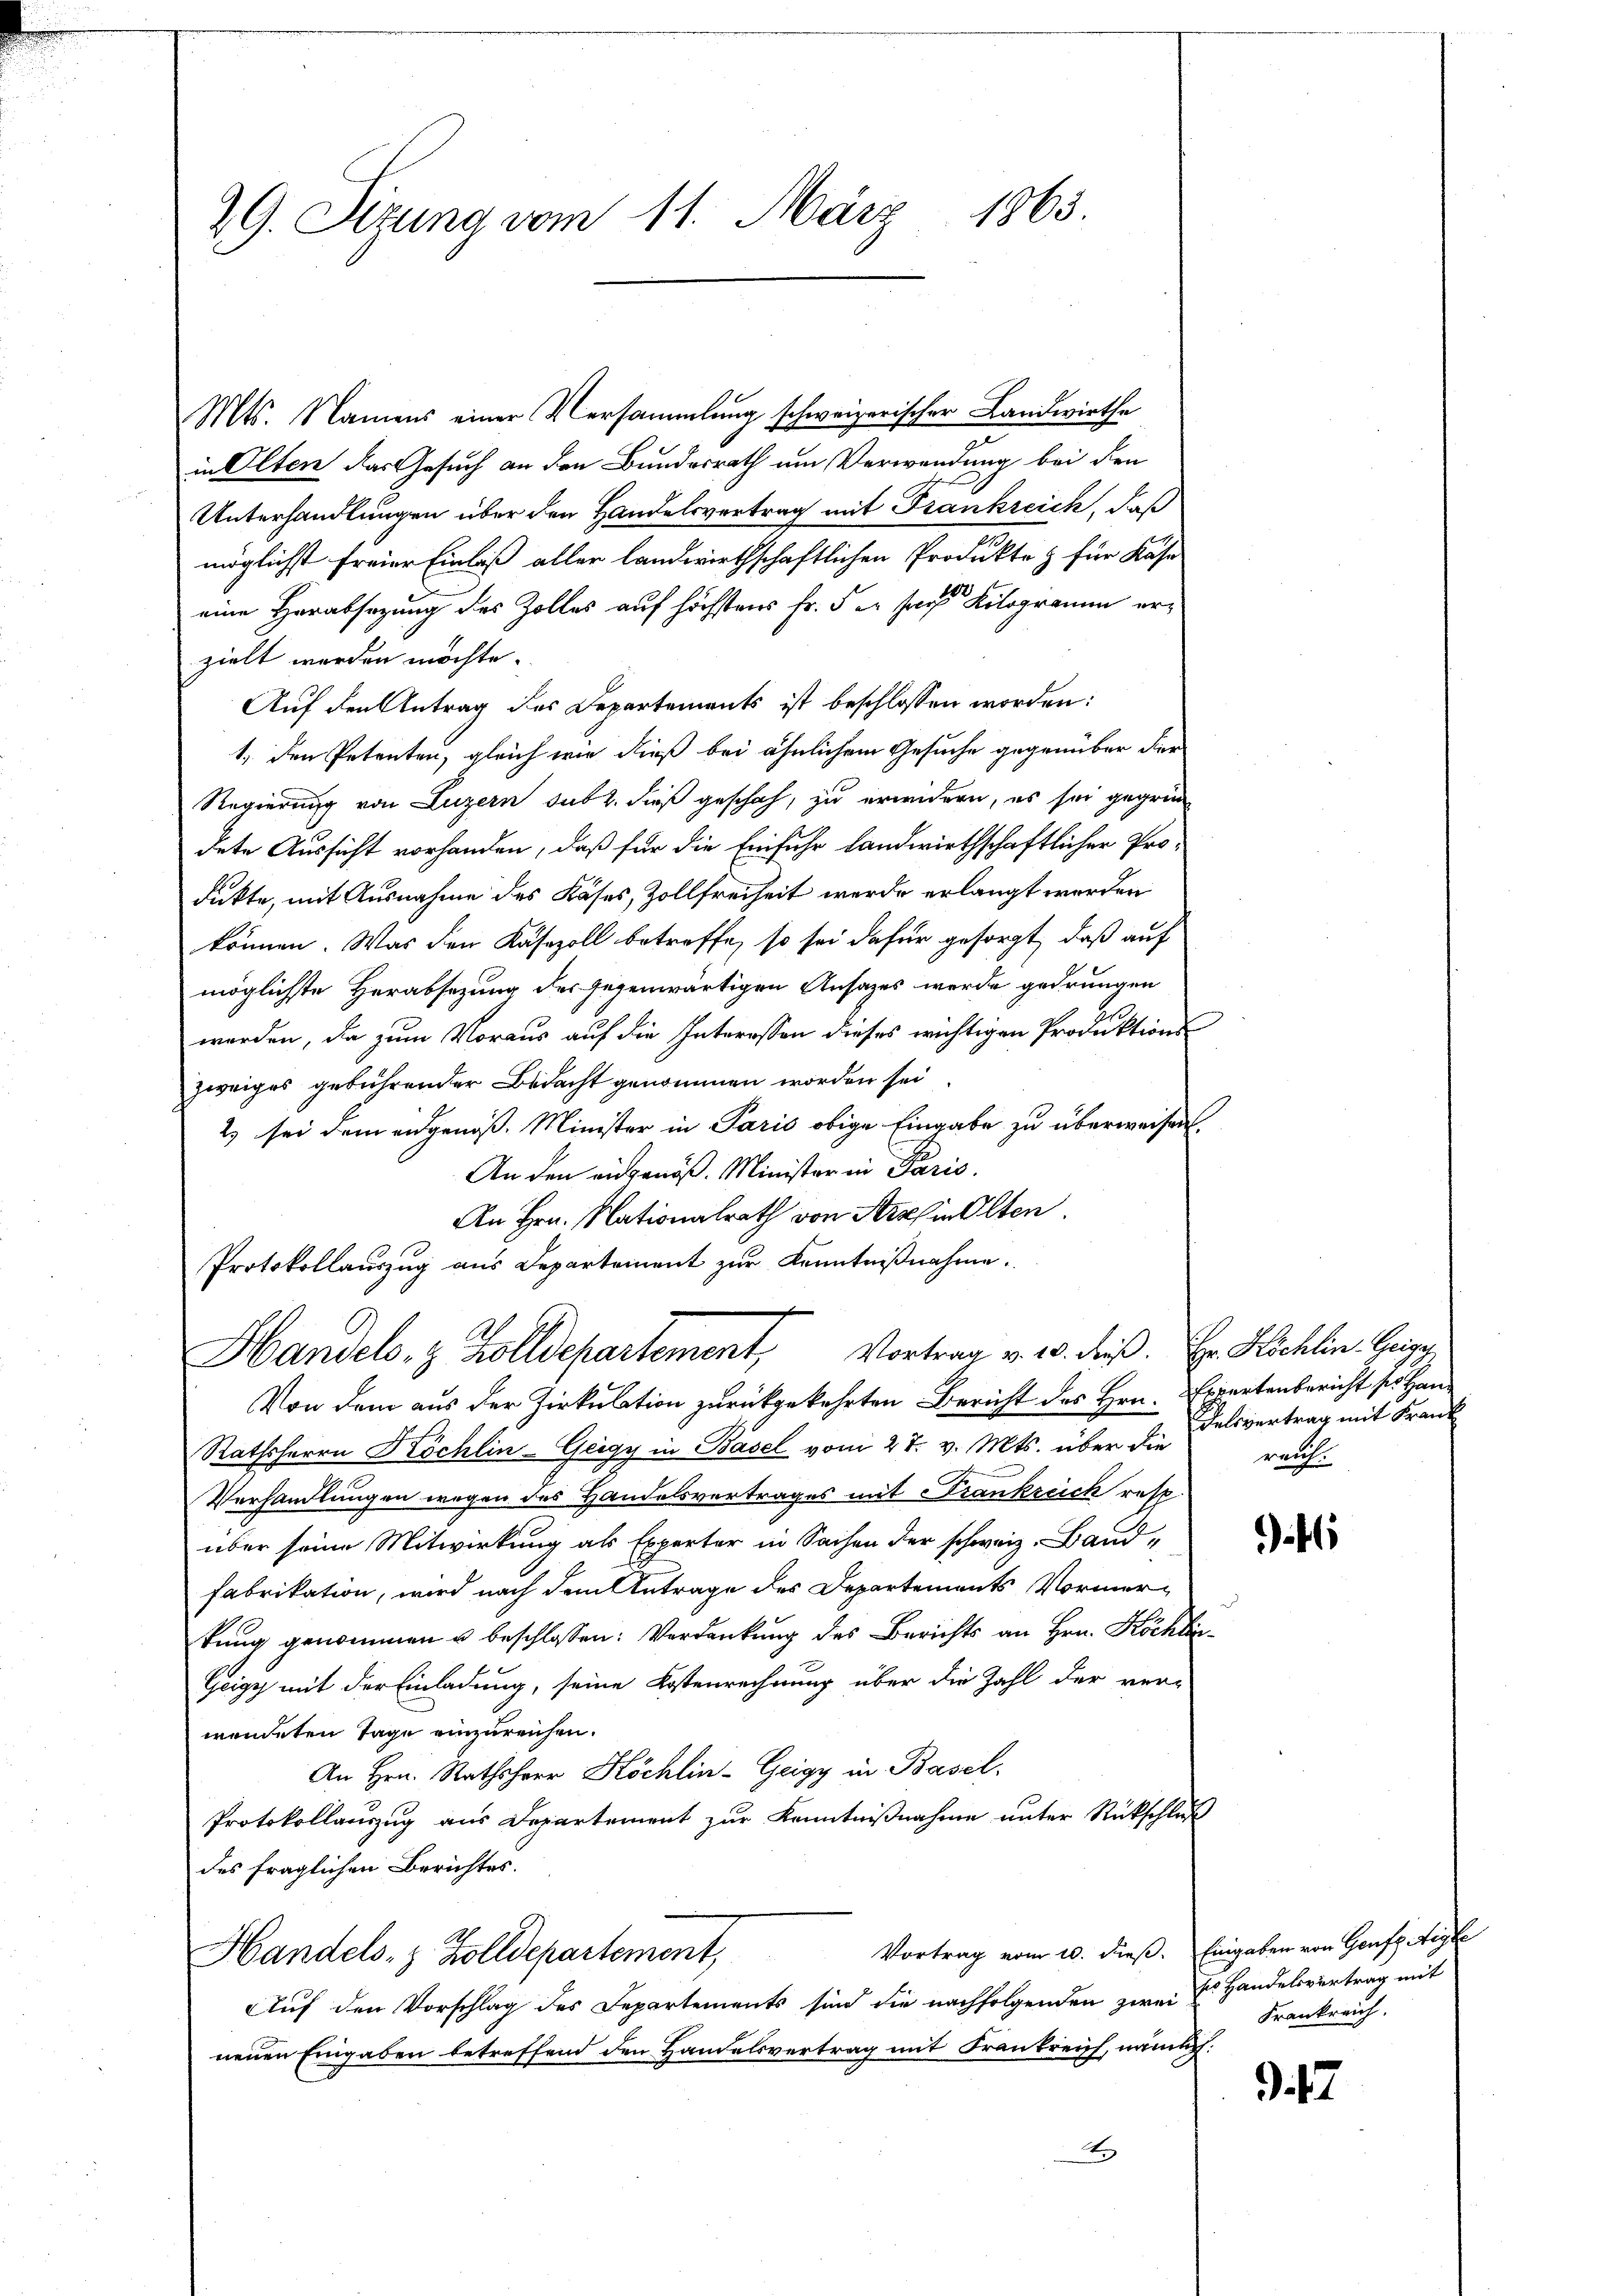
29. Sizung vom 11. März 1863.

Mts. Namens einer Versammlung schweizerischer Landwirthe
in Olten das Gesuch an den Bundesrath um Verwendung bei den
Unterhandlungen über den Handelsvertrag mit Frankreich, daß
möglichst freier Einlaß aller landwirthschaftlichen Produkte & für Kase
eine Herabsatzung des Zolles auf höchstens Fr. 5 er sans Kilogramm erzielt worden möchte.
Auf den Antrag des Departements ist beschlossen worden:
1, den Petenten, gleich wie dieß bei ähnlichem Gesuche gegenüber der
Regierung von Luzern sub 2. dieß geschah, zu erwidern, es sei gegrün
dete Aussicht vorhanden, daß für die Einfuhr landwirthschaftlicher Prodikte, mit Ausnahme des Käses, Zollfreiheit werde erlangt werden
können. Was den Käsezoll betreffe, so sei dafür gesorgt, daß auf
möglichste Herabsezung des gegenwärtigen Ansazes werde gedrungen
werden, da zum Voraus auf die Interessen dieses wichtigen Produktionszweiges gebührender Bedacht genommen worden sei
2) sei dem angenoß. Minister in Paris obige Eingabe zu überweisen.
An den eingenöß. Minister in Paris
An Hrn. Nationalrath von Arthin Olten
Protokollauszug aus Departement zur Kenntnißnahme.

Handels- & Zolldepartement, Vortrag v. 20. dieß. Er Höchlin. Geige

Von dem aus der Zirkulation zurückgekehrten Bericht des Hrn. Expertenbericht sei Han¬
Rathsherrn Köchlin-Geigy in Basel vom 27. v. Mts. über die
Verhandlungen wegen des Handelsvertrages mit Frankreich resp
über seine Mitwirkung als Experter in Sachen der schweiz. Band-
Fabrikation, wird nach dem Antrage des Departements Vormertung genommen u beschlossen: Verdankung des Berichts an Hrn. Köchli¬
Geigy mit der Einladung, seine Kostenrechnung über die Zahl der ver-
wendeten Tage einzureichen.
An Hrn. Rathsherr Höchlin-Geigy in Basel.
Protokollauszug aus Departement zur Kenntnißnahme unter Rückschluß
des fraglichen Berichtes.
Vortrag vom 10. dieß. Eingaben von Genf Aigle
Handels- & Zolldepartement,
Auf den Vorschlag des Departements sind die nachfolgenden zwei
neuen Eingaben betreffend den Handelsvertrag mit Frankreich, nämlich:
y

Felsvertrag mit Krank
reuh

f

ss Handelsvertrag mit
Frankreich.

9. 17